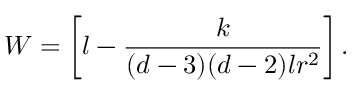
W = \left[ l - \frac { k } { ( d - 3 ) ( d - 2 ) l r ^ { 2 } } \right] .